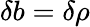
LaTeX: \delta b=\delta\rho